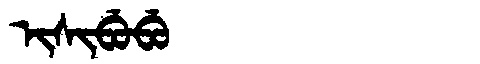
Manchu: ᡳᠰᡳᠪᡠᠪᡠ
Romanization: ISIBUBU